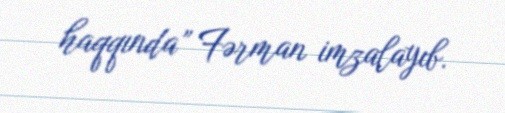
haqqında” Fərman imzalayıb.